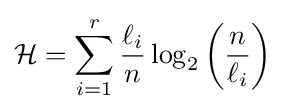
{\mathcal {H}}=\sum _{i=1}^{r}{\frac {\ell _{i}}{n}}\log _{2}\left({\frac {n}{\ell _{i}}}\right)